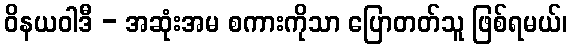
ဝိနယဝါဒီ - အဆုံးအမ စကားကိုသာ ပြောတတ်သူ ဖြစ်ရမယ်၊